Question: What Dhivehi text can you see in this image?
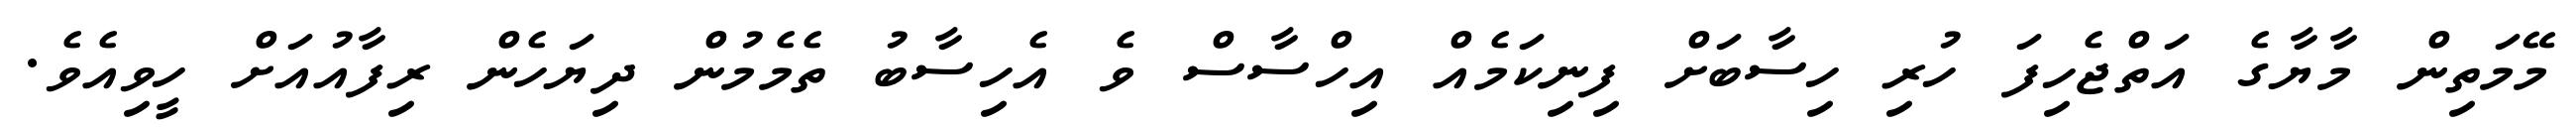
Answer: މޭމަތިން މާޔާގެ އަތްޖެހިފަ ހުރި ހިސާބަށް ފިނިކަމެއް އިހްސާސް ވެ އެހިސާބު ތެމެމުން ދިޔަހެން ރިފާއުއަށް ހީވިއެވެ.